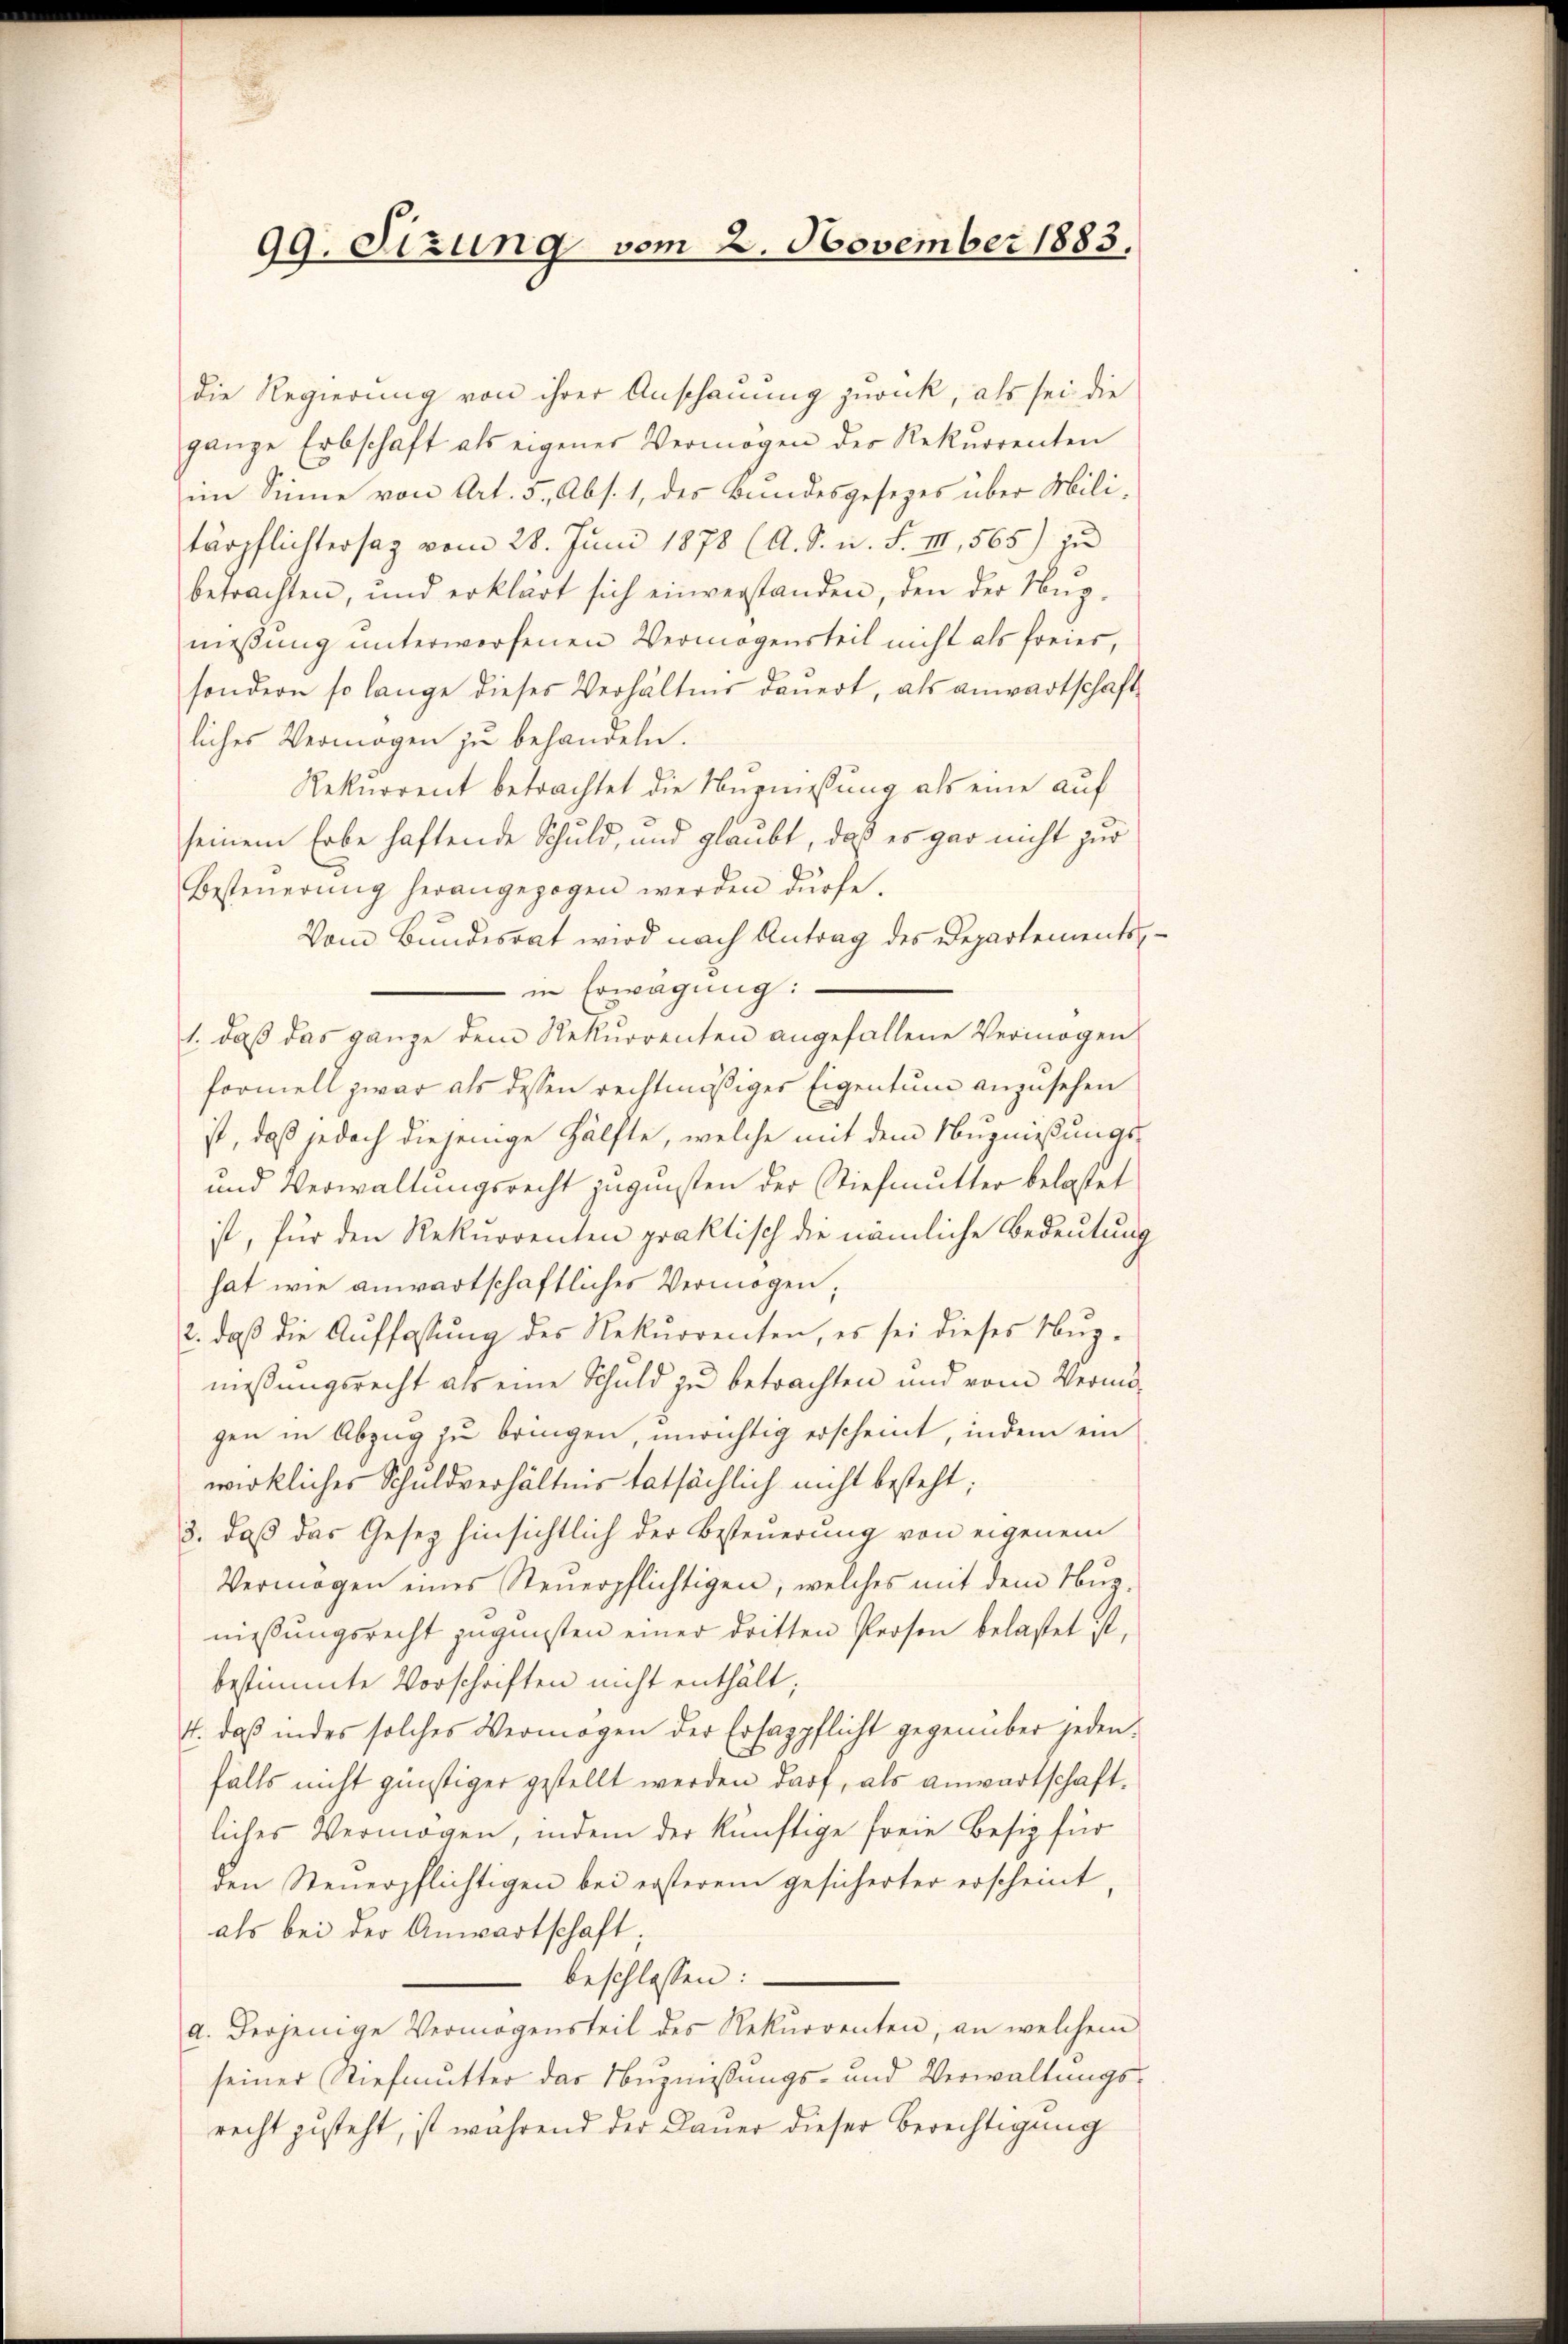
99. Sizung vom 2. November 1883,

die Regierung von ihrer Anschauung zurück, als sei die
ganze Erbschaft als eigener Vermögen der Rekurrenten
im Sinne von Art. 5, Abs. 1, des Bundesgesezes über Militärpflichtersaz vom 28. Juni 1878 (A. S. u. F. III, 565) zu
betrachten, und erklärt sich einverstanden, den der Nŭz-
messung unterworfenen Vermögensteil nicht als freier,
sondern so lange dieses Verhältnis dauert, als anwartschaft
liches Vermögen zu behandeln.
Rekurrent betrachtet die Nürniessung als eine auf
seinem Erbe haftende Schuld, und glaubt, daß es gar nicht zur
Besteŭerŭng herangezogen werden dürfe.
Vom Bundesrat wird nach Antrag des Departements¬
- in Erwägung:
1. daβ das ganze dem Rekurrenten angefallene Vermögen
formell zwar als dessen rechtmäßiger Eigentum anzusehen
ist, daß jedoch diejenige Hälfte, welche mit dem Nuznießungs-
und Verwaltungsrecht zugunsten der Stiefmutter belastet
ist, für den Rekurrenten praktisch die nämliche Bedeutung
hat wie anwartschaftliches Vermögen;
2. daβ die Auffassŭng des Rekurrenten, es sei dieses Nŭz-
meßungsrecht als eine Schuld zu betrachten und vom Vermögen in Abzug zu bringen, unrichtig erscheint, indem ein
wirkliches Schuldverhältnis tatsächlich nicht besteht;
8. daß das Gesez hinsichtlich der Besteuerung von eigenem
Vermögen eines Steuerpflichtigen, welches mit dem Nur
niessungsrecht zugunsten einer dritten Person belastet ist,
bestimmte Vorschriften nicht enthält;
4. daß indes solches Vermögen der Ersagpflicht gegenüber jeden:
falls nicht günstiger gestellt werden darf, als Anwartschaftliches Vermögen, indem der künftige freie Besiz für
den Steuerpflichtigen bei ersterem gesicherter erscheint,
als bei der Anwartschaft;
beschlossen:
a. derjenige Vermögensteil des Rekurrenten, an welchem
seiner Stiefmutter das Nuzniessungs- und Verwaltungsrecht zusteht, ist während der Dauer dieser Berechtigung